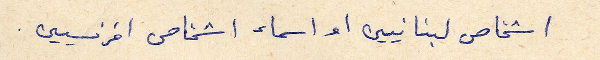
اشخاص لبنانيين او اسماء اشخاص افرنسيين.